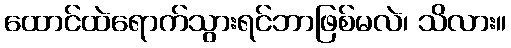
ထောင်ထဲရောက်သွားရင်ဘာဖြစ်မလဲ၊ သိလား။